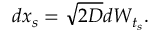
d x _ { s } = \sqrt { 2 D } d W _ { t _ { s } } .